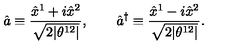
\hat { a } \equiv \frac { \hat { x } ^ { 1 } + i \hat { x } ^ { 2 } } { \sqrt { 2 | \theta ^ { 1 2 } | } } , \qquad \hat { a } ^ { \dagger } \equiv \frac { \hat { x } ^ { 1 } - i \hat { x } ^ { 2 } } { \sqrt { 2 | \theta ^ { 1 2 } | } } .